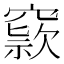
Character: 𥧾